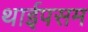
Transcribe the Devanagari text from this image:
थाईपसम